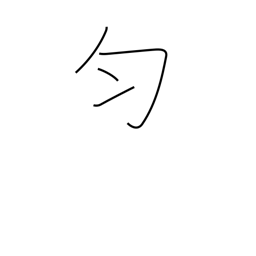
Meaning: equal